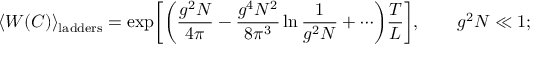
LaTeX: \langle W ( C ) \rangle _ { \mathrm { l a d d e r s } } = \exp \biggl [ \biggl ( \frac { g ^ { 2 } N } { 4 \pi } - \frac { g ^ { 4 } N ^ { 2 } } { 8 \pi ^ { 3 } } \ln \frac { 1 } { g ^ { 2 } N } + \cdots \biggr ) \frac { T } { L } \biggr ] , \qquad g ^ { 2 } N \ll 1 ;